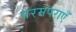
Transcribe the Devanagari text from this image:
परमपराएँ